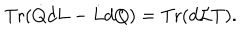
\mathrm { T r } ( \dot { Q } d L - \dot { L } d Q ) = \mathrm { T r } ( d { \cal L } T ) .